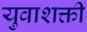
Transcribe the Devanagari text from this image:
युवाशक्ती